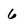
Character: 6